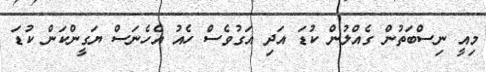
މިއީ ނިސްބަތުން ގެއްލުން ކުޑަ އަދި އަގުވެސް ހެއު އެހެނަސް ޔަގީންކަން ކުޑަ